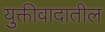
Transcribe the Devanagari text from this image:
युक्तीवादातील